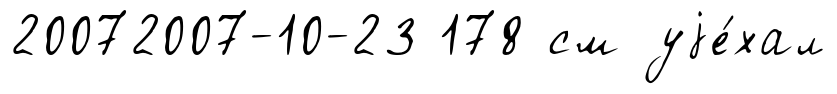
20072007-10-23 178 см уjе́хал